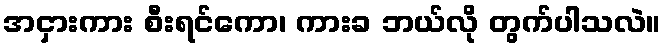
အငှားကား စီးရင်ကော၊ ကားခ ဘယ်လို တွက်ပါသလဲ။